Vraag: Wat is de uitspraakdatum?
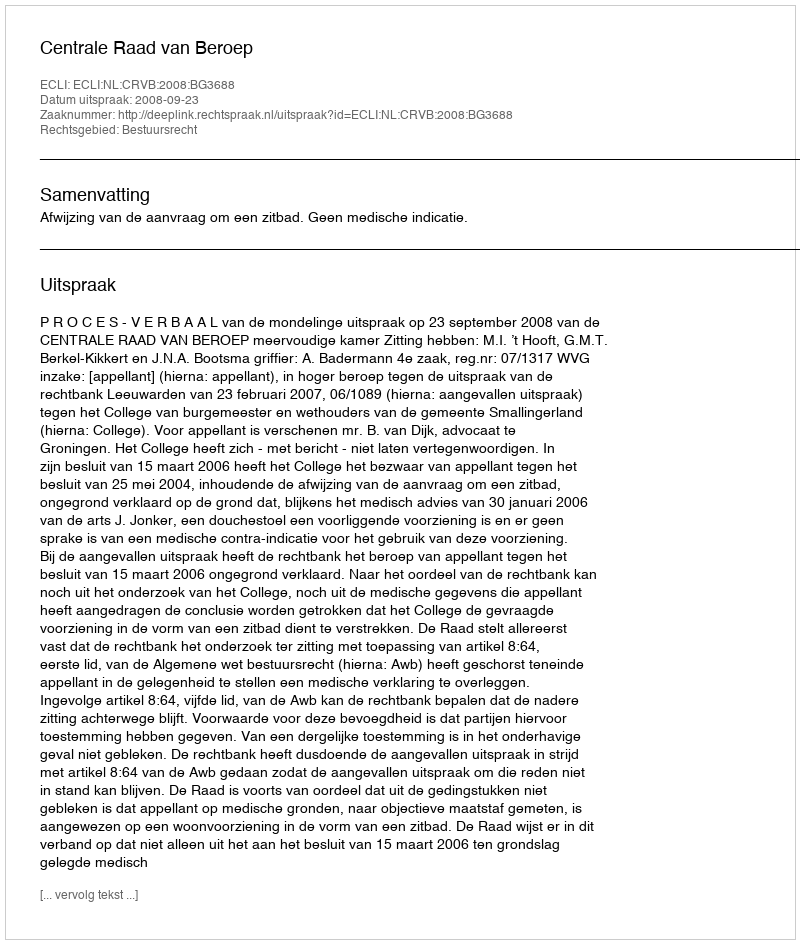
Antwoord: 2008-09-23